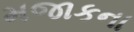
મજાકના